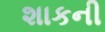
શાકની